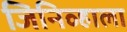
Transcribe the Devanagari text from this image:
जिनिव्हाला